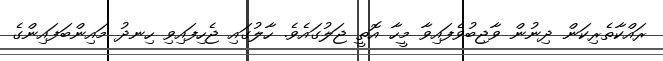
ރައްކާތެރިކަން ދިނުން ވާޖިބުވެފައިވާ މީހާ އޮތީ ޖަލުގައެވެ. ހާލުގައި ޖެހިފައިވި ހިނދު މައިންބަފައިންގެ